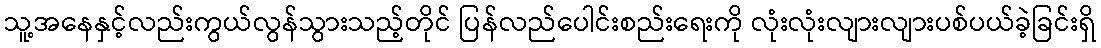
သူ့အနေနှင့်လည်းကွယ်လွန်သွားသည့်တိုင် ပြန်လည်ပေါင်းစည်းရေးကို လုံးလုံးလျားလျားပစ်ပယ်ခဲ့ခြင်းရှိ